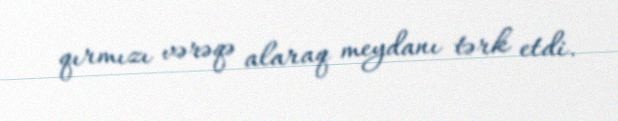
qırmızı vərəqə alaraq meydanı tərk etdi.